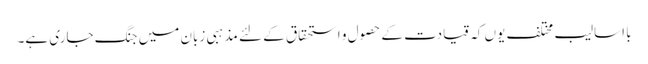
با اسالیب مختلف یوں کہ قیادت کے حصول و استحقاق کے لئے مذہبی زبان میں جنگ جاری ہے۔